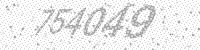
Solution: 754049